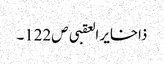
ذاخایر العقبی ص122۔